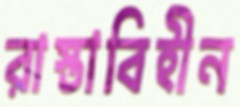
রাস্তাবিহীন